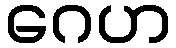
ဂေဟ